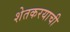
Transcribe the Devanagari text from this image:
शेतकरयाची